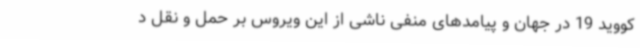
کووید 19 در جهان و پیامدهای منفی ناشی از این ویروس بر حمل و نقل د